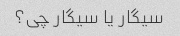
سیگار یا سیگار چی؟